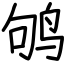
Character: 鸲